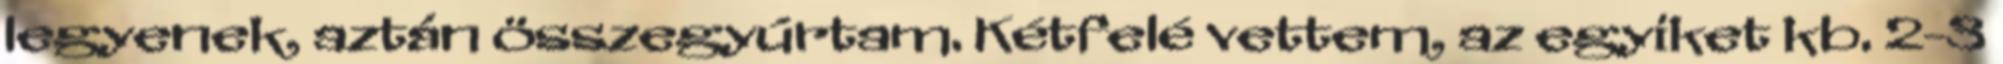
legyenek, aztán összegyúrtam. Kétfelé vettem, az egyiket kb. 2-3